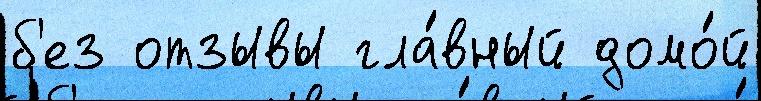
б'ез отзывы гла́вный домо́й